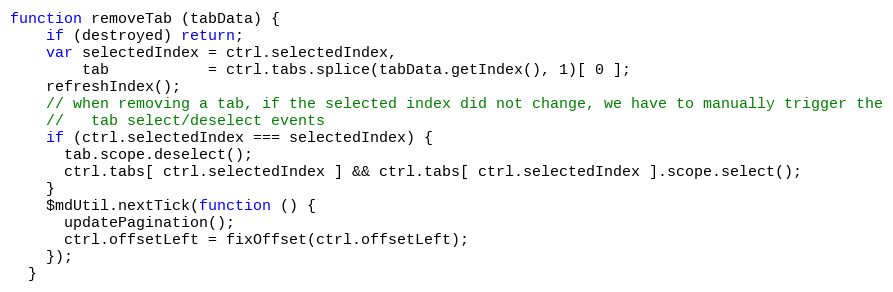
Language: JavaScript
function removeTab (tabData) {
    if (destroyed) return;
    var selectedIndex = ctrl.selectedIndex,
        tab           = ctrl.tabs.splice(tabData.getIndex(), 1)[ 0 ];
    refreshIndex();
    // when removing a tab, if the selected index did not change, we have to manually trigger the
    //   tab select/deselect events
    if (ctrl.selectedIndex === selectedIndex) {
      tab.scope.deselect();
      ctrl.tabs[ ctrl.selectedIndex ] && ctrl.tabs[ ctrl.selectedIndex ].scope.select();
    }
    $mdUtil.nextTick(function () {
      updatePagination();
      ctrl.offsetLeft = fixOffset(ctrl.offsetLeft);
    });
  }